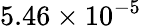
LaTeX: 5.46\times 10^{-5}